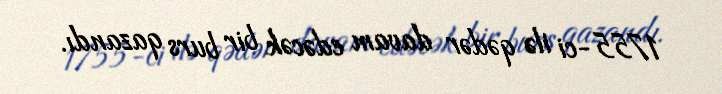
1755-ci ilə qədər davam edəcək bir burs qazandı.